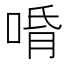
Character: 𱓍